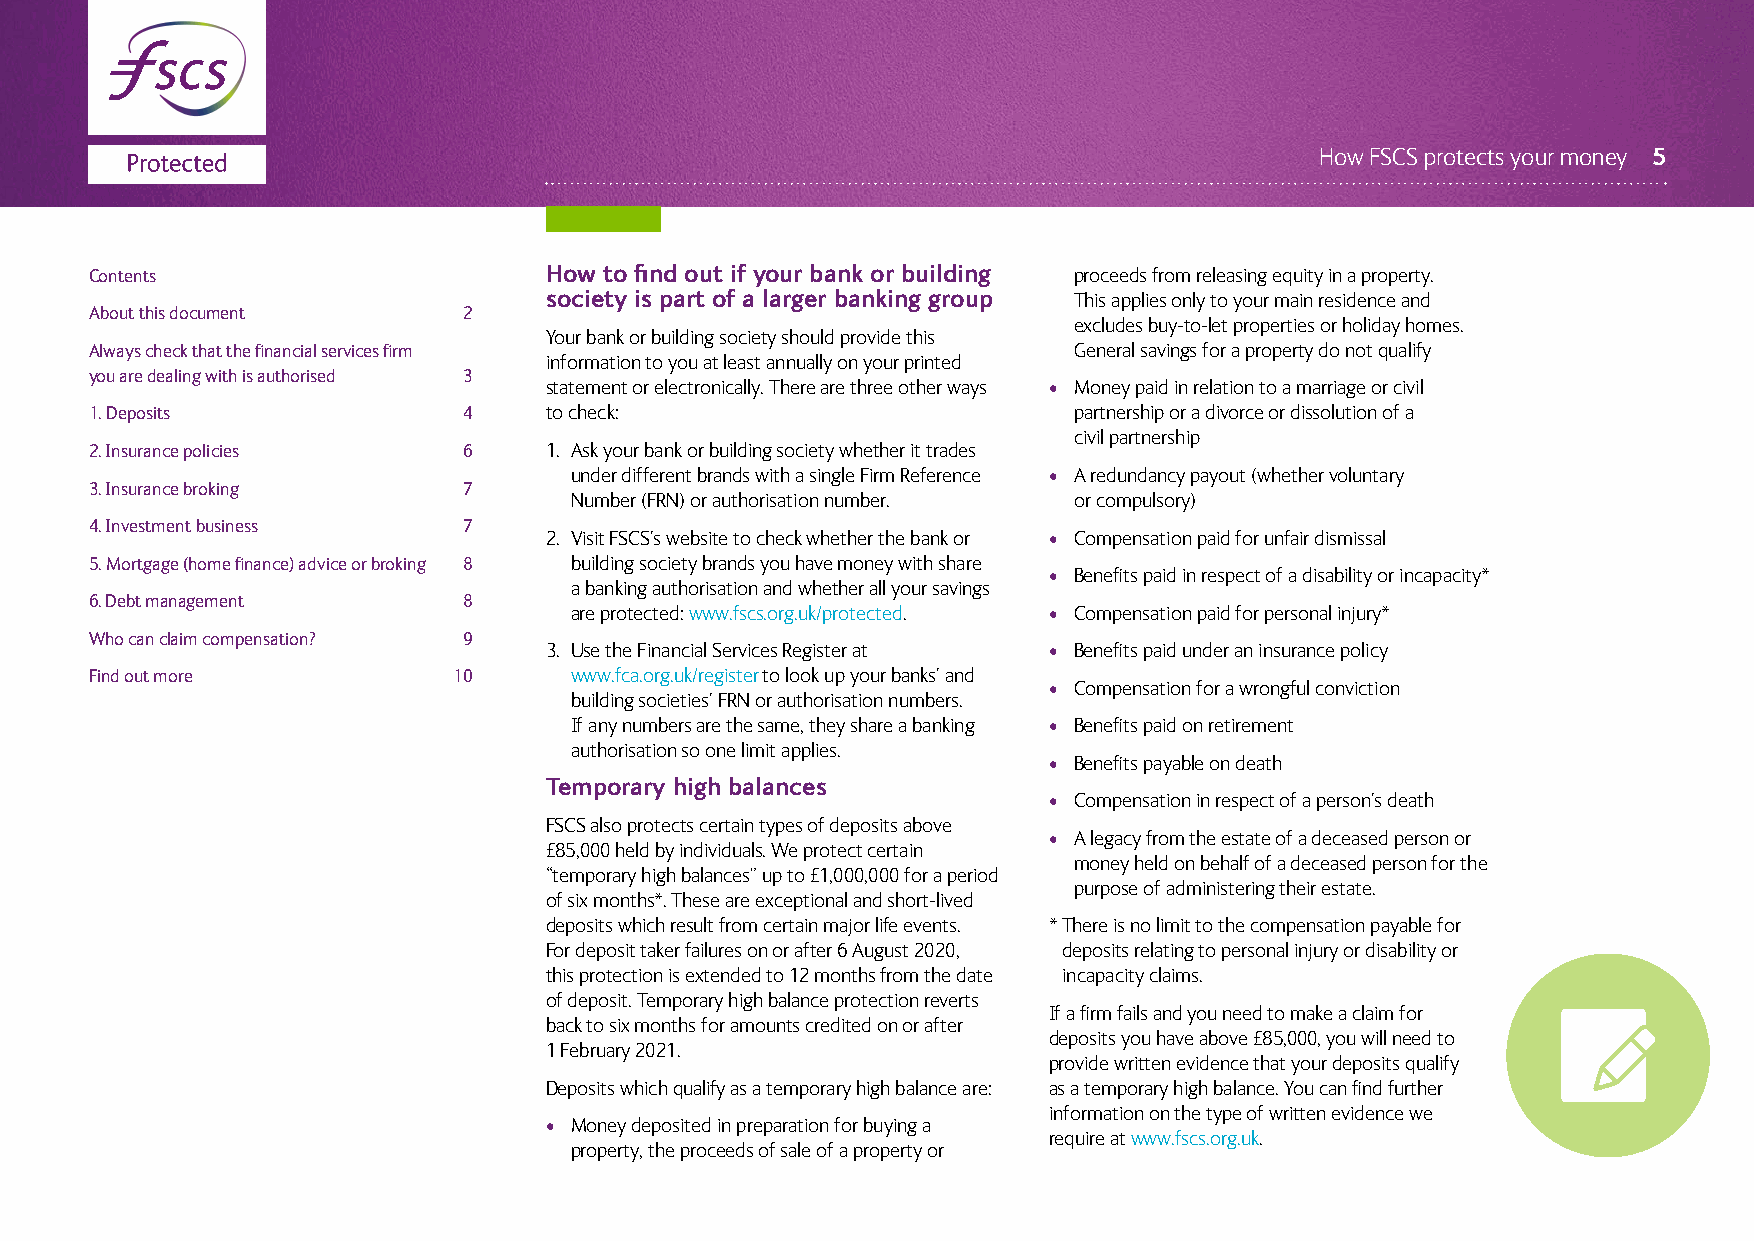
How FSCS protects your money 5
 Contents                      How to find out if your bank or building proceeds from releasing equity in a property.
 society is part of a larger banking group This applies only to your main residence and
 About this document      2
 excludes buy-to-let properties or holiday homes.
 Your bank or building society should provide this
 Always check that the financial services firm                    General savings for a property do not qualify
 information to you at least annually on your printed
 you are dealing with is authorised 3
 statement or electronically. There are three other ways • Money paid in relation to a marriage or civil
 1. Deposits              4    to check:                          partnership or a divorce or dissolution of a
 civil partnership
 2. Insurance policies    6    1. Ask your bank or building society whether it trades
 under different brands with a single Firm Reference • A redundancy payout (whether voluntary
 3. Insurance broking     7
 Number (FRN) or authorisation number. or compulsory)
 4. Investment business   7
 2. Visit FSCS’s website to check whether the bank or • Compensation paid for unfair dismissal
 5. Mortgage (home finance) advice or broking 8 building society brands you have money with share
 • Benefits paid in respect of a disability or incapacity*
 a banking authorisation and whether all your savings
 6. Debt management       8
 are protected: www.fscs.org.uk/protected. • Compensation paid for personal injury*
 Who can claim compensation? 9
 3. Use the Financial Services Register at • Benefits paid under an insurance policy
 Find out more           10      www.fca.org.uk/register to look up your banks’ and
 • Compensation for a wrongful conviction
 building societies’ FRN or authorisation numbers.
 If any numbers are the same, they share a banking • Benefits paid on retirement
 authorisation so one limit applies.
 • Benefits payable on death
 Temporary high balances
 • Compensation in respect of a person’s death
 FSCS also protects certain types of deposits above
 • A legacy from the estate of a deceased person or
 £85,000 held by individuals. We protect certain
 money held on behalf of a deceased person for the
 “temporary high balances” up to £1,000,000 for a period
 purpose of administering their estate.
 of six months*. These are exceptional and short-lived
 deposits which result from certain major life events. * There is no limit to the compensation payable for
 For deposit taker failures on or after 6 August 2020, deposits relating to personal injury or disability or
 this protection is extended to 12 months from the date incapacity claims.
 of deposit. Temporary high balance protection reverts
 If a firm fails and you need to make a claim for
 back to six months for amounts credited on or after
 deposits you have above £85,000, you will need to
 1 February 2021.
 provide written evidence that your deposits qualify
 Deposits which qualify as a temporary high balance are: as a temporary high balance. You can find further
 information on the type of written evidence we
 • Money deposited in preparation for buying a
 require at www.fscs.org.uk.
 property, the proceeds of sale of a property or